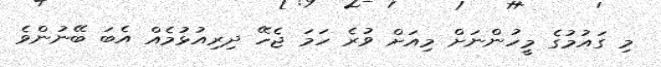
މި ގައުމުގެ މީހުންނަށް މިއަށް ވުރެ ހަމަ ޖެހޭ ދިރިއުޅުމެއް އެބަ ބޭނުންވެ